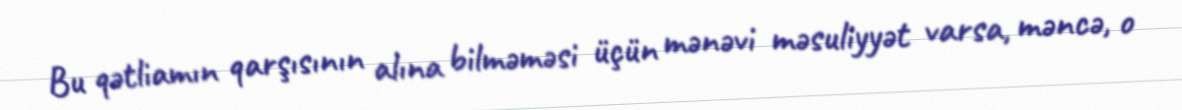
Bu qətliamın qarşısının alına bilməməsi üçün mənəvi məsuliyyət varsa, məncə, o